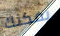
يمكنك